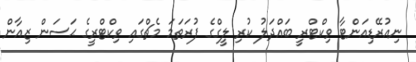
ނިއުރޭޑިއަންޓާ ވިކްޓްރީ ބައްދަލު ކުރި ލީގްގެ ފުރަތަމަ މެޗްގައި ވިކްޓްރީގެ ޙަސަން ޒިއާން